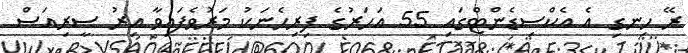
ރޭ ހިނގި އެ އެކްސިޑެންޓްގައި 55 އަހަރުގެ ފިރިހެނަކު މަރުވެފައިވާ އިރު ސީރިއަސް